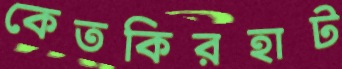
কেতকিরহাট